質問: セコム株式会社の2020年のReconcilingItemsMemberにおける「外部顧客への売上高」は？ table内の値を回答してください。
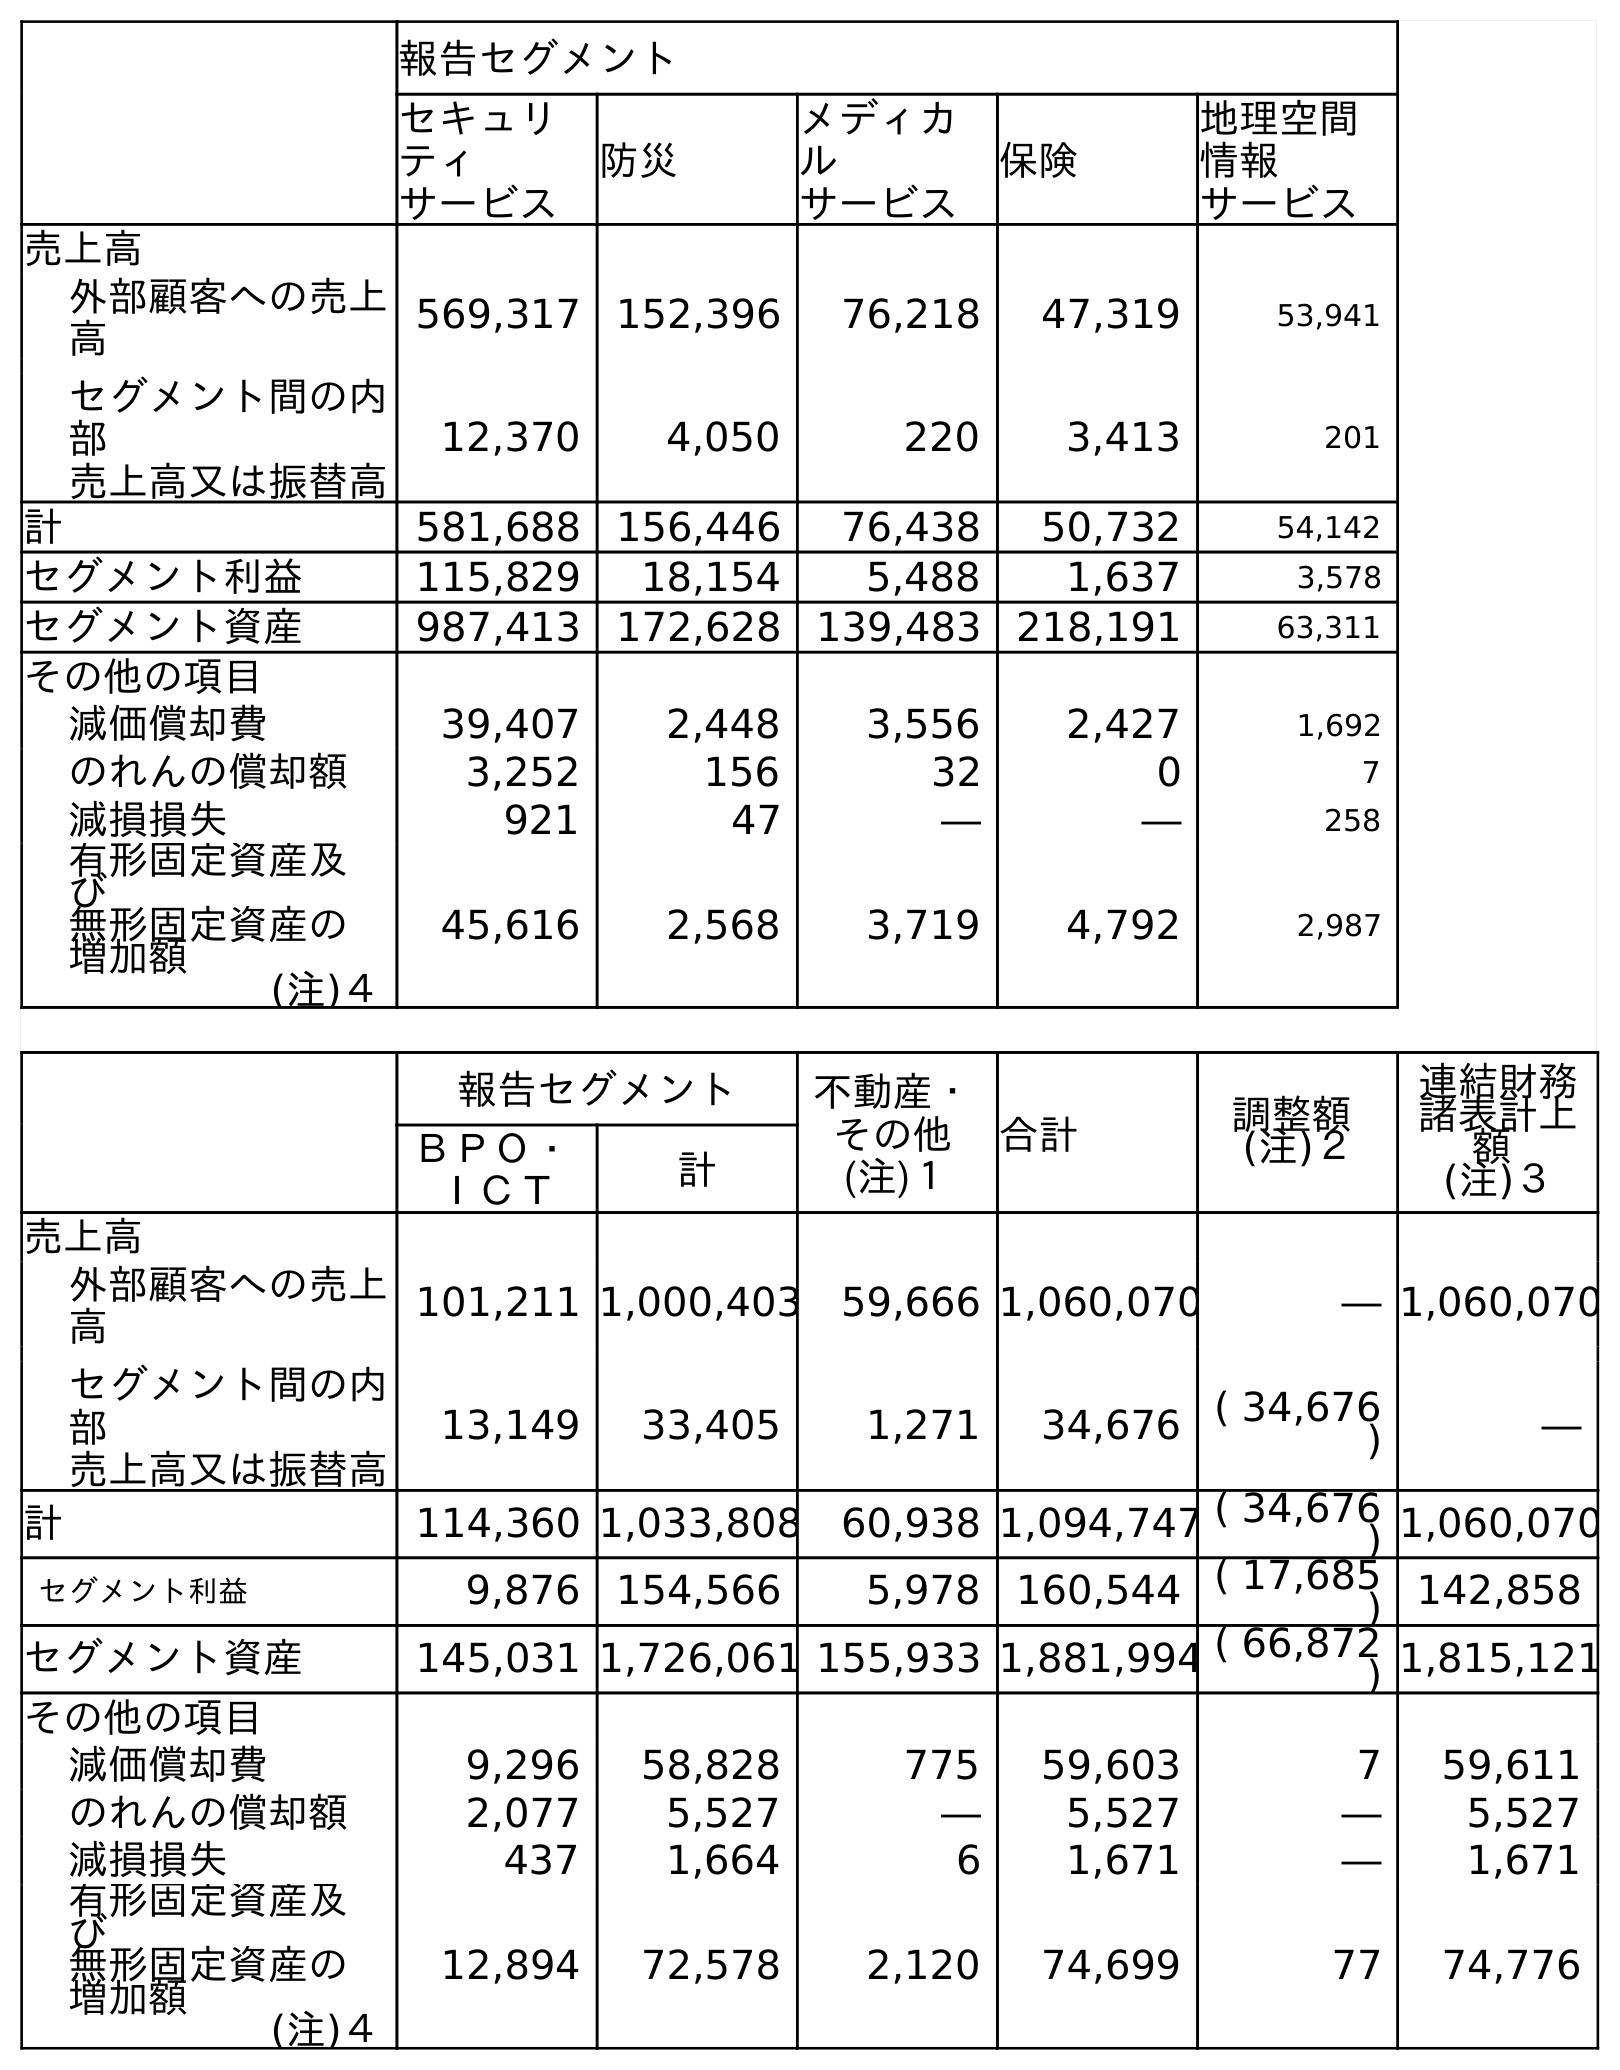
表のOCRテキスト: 報告セグメント セキュリ ティ サービス 防災 メディカ ル サービス 保険 地理空間 情報 サービス 売上高 外部顧客への売上 高 569,317 152,396 76,218 47,319 53,941 セグメント間の内 部 売上高又は振替高 12,370 4,050 220 3,413 201 計 581,688 156,446 76,438 50,732 54,142 セグメント利益 115,829 18,154 5,488 1,637 3,578 セグメント資産 987,413 172,628 139,483 218,191 63,311 その他の項目 減価償却費 39,407 2,448 3,556 2,427 1,692 のれんの償却額 3,252 156 32 0 7 減損損失 921 47 ― ― 258 有形固定資産及 び 無形固定資産の 増加額 (注)４ 45,616 2,568 3,719 4,792 2,987 報告セグメント 不動産・ その他 (注)１ 合計 調整額 (注)２ 連結財務 諸表計上 額 (注)３ ＢＰＯ・ ＩＣＴ 計 売上高 外部顧客への売上 高 101,211 1,000,403 59,666 1,060,070 ― 1,060,070 セグメント間の内 部 売上高又は振替高 13,149 33,405 1,271 34,676 ( 34,676 ) ― 計 114,360 1,033,808 60,938 1,094,747 ( 34,676 ) 1,060,070 セグメント利益 9,876 154,566 5,978 160,544 ( 17,685 ) 142,858 セグメント資産 145,031 1,726,061 155,933 1,881,994 ( 66,872 ) 1,815,121 その他の項目 減価償却費 9,296 58,828 775 59,603 7 59,611 のれんの償却額 2,077 5,527 ― 5,527 ― 5,527 減損損失 437 1,664 6 1,671 ― 1,671 有形固定資産及 び 無形固定資産の 増加額 (注)４ 12,894 72,578 2,120 74,699 77 74,776
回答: ―